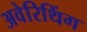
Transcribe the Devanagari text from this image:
अवेरिथिंग